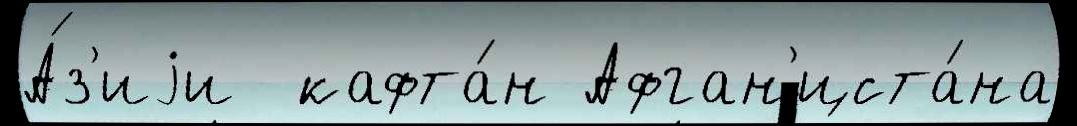
А́з'иjи  кафта́н Афган'иста́на